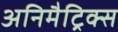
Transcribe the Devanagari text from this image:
अनिमैट्रिक्स